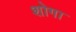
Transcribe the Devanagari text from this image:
शोगा